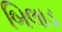
બિલાડ